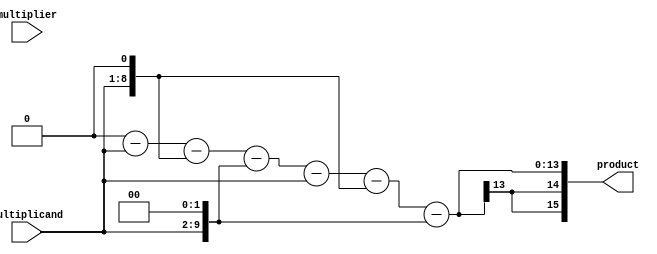
module booth_multiplier (
  input wire signed [7:0] multiplicand,
  input wire signed [7:0] multiplier,
  output wire signed [15:0] product
);

reg signed [15:0] partial_product;
reg signed [15:0] final_product;
reg signed [1:0] count;

always @(*) begin
  partial_product = 16'b0;
  final_product = 16'b0;
  count = 2'b0;
  
  repeat (8) begin
    if (multiplier[0] == 1 && count != 2'b11) begin
      partial_product = partial_product + (multiplicand << count);
    end 
    else if (multiplier[0] == 0 && count != 2'b11) begin
      partial_product = partial_product - (multiplicand << count);
    end
    
    if (multiplier[1:0] == 2'b01 || multiplier[1:0] == 2'b10) begin
      partial_product = partial_product << 1;
    end 
    
    count = count + 1;
    multiplier = multiplier >> 1;
  end
  
  final_product = partial_product;
end

assign product = final_product;

endmodule